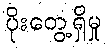
ပိုးတွေ့ရှိမှု